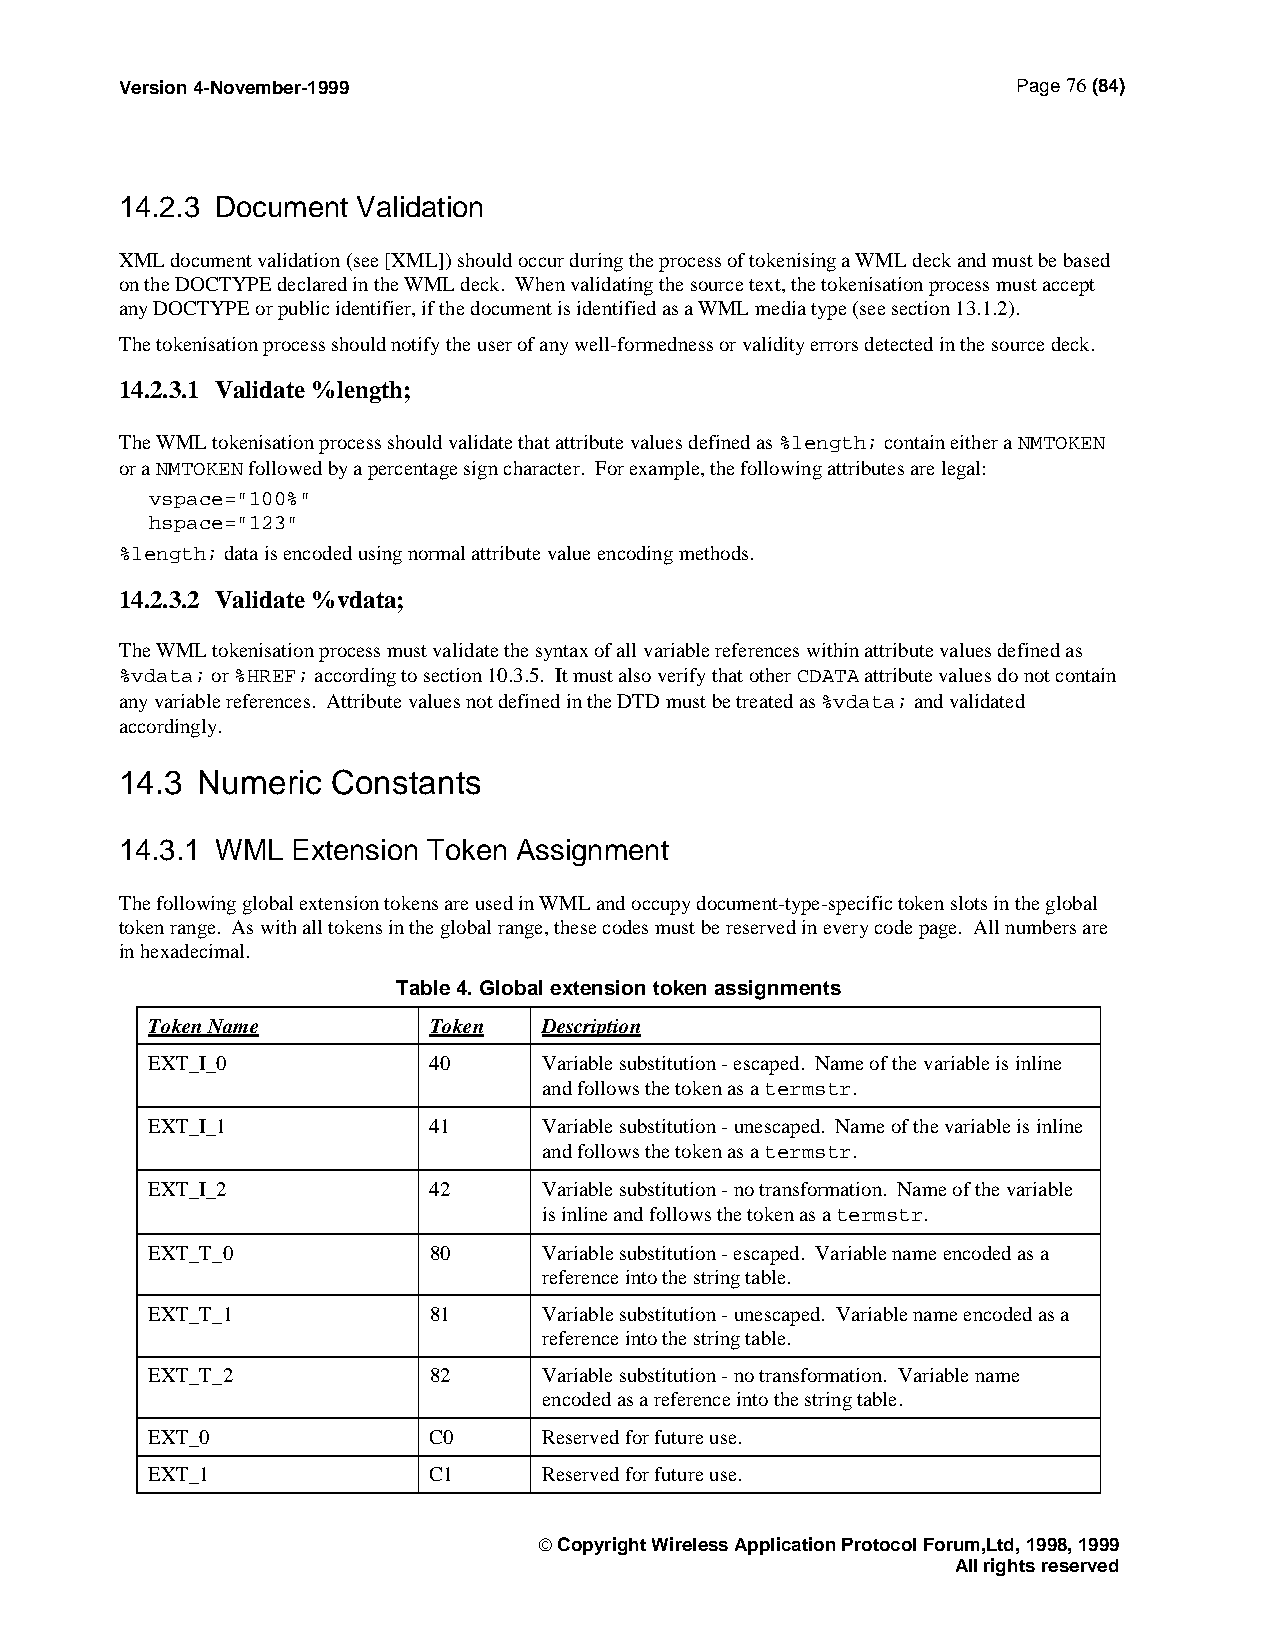
Version 4-November-1999                                    Page 76 (84)
 14.2.3 Document Validation
 XML document validation (see [XML]) should occur during the process of tokenising a WML deck and must be based
 on the DOCTYPE declared in the WML deck. When validating the source text, the tokenisation process must accept
 any DOCTYPE or public identifier, if the document is identified as a WML media type (see section 13.1.2).
 The tokenisation process should notify the user of any well-formedness or validity errors detected in the source deck.
 14.2.3.1 Validate %length;
 The WML tokenisation process should validate that attribute values defined as %length; contain either a NMTOKEN
 or a NMTOKEN followed by a percentage sign character. For example, the following attributes are legal:
 vspace="100%"
 hspace="123"
 %length; data is encoded using normal attribute value encoding methods.
 14.2.3.2 Validate %vdata;
 The WML tokenisation process must validate the syntax of all variable references within attribute values defined as
 %vdata; or %HREF; according to section 10.3.5. It must also verify that other CDATA attribute values do not contain
 any variable references. Attribute values not defined in the DTD must be treated as %vdata; and validated
 accordingly.
 14.3 Numeric  Constants
 14.3.1 WML Extension Token Assignment
 The following global extension tokens are used in WML and occupy document-type-specific token slots in the global
 token range. As with all tokens in the global range, these codes must be reserved in every code page. All numbers are
 in hexadecimal.
 Table 4. Global extension token assignments
 Token Name        Token   Description
 EXT_I_0           40      Variable substitution - escaped. Name of the variable is inline
 and follows the token as a termstr.
 EXT_I_1           41      Variable substitution - unescaped. Name of the variable is inline
 and follows the token as a termstr.
 EXT_I_2           42      Variable substitution - no transformation. Name of the variable
 is inline and follows the token as a termstr.
 EXT_T_0           80      Variable substitution - escaped. Variable name encoded as a
 reference into the string table.
 EXT_T_1           81      Variable substitution - unescaped. Variable name encoded as a
 reference into the string table.
 EXT_T_2           82      Variable substitution - no transformation. Variable name
 encoded as a reference into the string table.
 EXT_0             C0      Reserved for future use.
 EXT_1             C1      Reserved for future use.
  Copyright Wireless Application Protocol Forum,Ltd, 1998, 1999
 All rights reserved